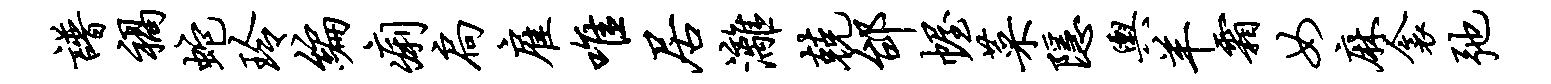
谱祸蛇玲编痢扃雇唯居漓兢邰幄菜隐舆羊霜女麻衾弛